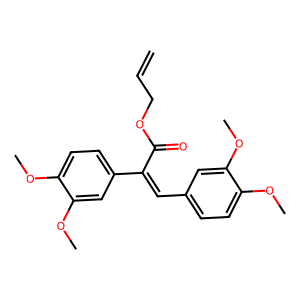
SMILES: C=CCOC(=O)C(=Cc1ccc(OC)c(OC)c1)c1ccc(OC)c(OC)c1
Inhibits HIV replication: No